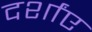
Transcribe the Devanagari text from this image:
दर्शांए